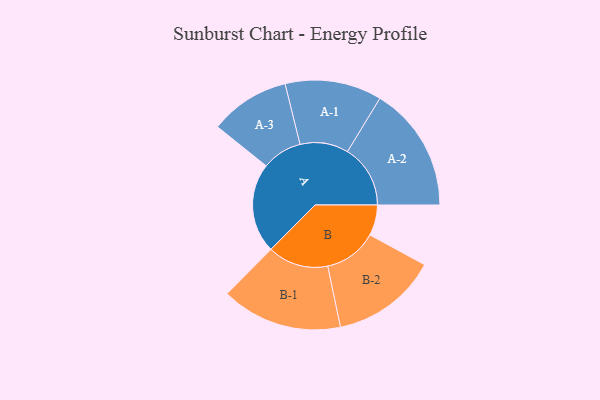
{"axis": {"x": "Segment", "y": "Value"}, "legend": ["", "A", "B"], "data": [{"x": "A", "y": 323, "type": ""}, {"x": "B", "y": 110, "type": ""}, {"x": "A-1", "y": 174, "type": "A"}, {"x": "A-2", "y": 226, "type": "A"}, {"x": "A-3", "y": 144, "type": "A"}, {"x": "B-1", "y": 218, "type": "B"}, {"x": "B-2", "y": 191, "type": "B"}]}